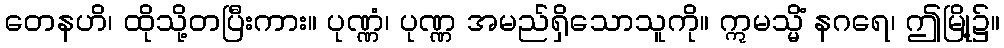
တေနဟိ၊ ထိုသို့တပြီးကား။ ပုဏ္ဏံ၊ ပုဏ္ဏ အမည်ရှိသောသူကို။ ဣမသ္မိံ နဂရေ၊ ဤမြို့၌။